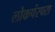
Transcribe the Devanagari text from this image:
लोकपंरपरा